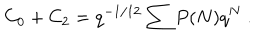
C _ { 0 } + C _ { 2 } = q ^ { - 1 / 1 2 } \sum P ( N ) q ^ { N } { } ~ .